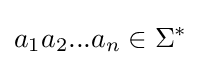
a_{1}a_{2}...a_{n}\in \Sigma ^{*}